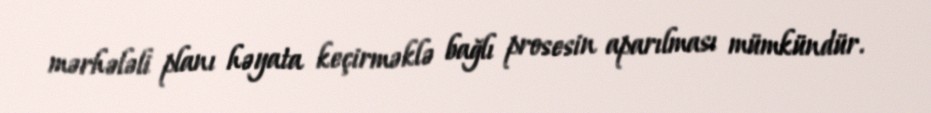
mərhələli planı həyata keçirməklə bağlı prosesin aparılması mümkündür.